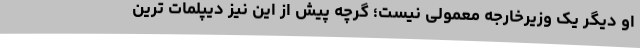
او دیگر یک وزیرخارجه معمولی نیست؛ گرچه پیش از این نیز دیپلمات ترین